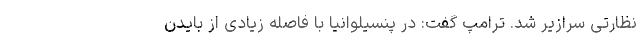
نظارتی سرازیر شد. ترامپ گفت: در پنسیلوانیا با فاصله زیادی از بایدن